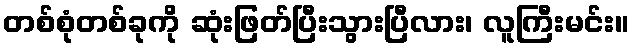
တစ်စုံတစ်ခုကို ဆုံးဖြတ်ပြီးသွားပြီလား၊ လူကြီးမင်း။